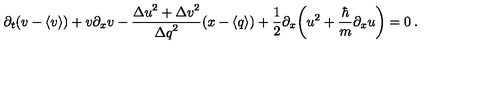
\partial _ { t } ( v - \langle v \rangle ) + v \partial _ { x } v - \frac { { \Delta u } ^ { 2 } + { \Delta v } ^ { 2 } } { { \Delta q } ^ { 2 } } ( x - \langle q \rangle ) + \frac { 1 } { 2 } \partial _ { x } \bigg ( u ^ { 2 } + \frac { \hbar } { m } \partial _ { x } u \bigg ) = 0 \: .